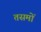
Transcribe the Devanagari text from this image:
तसमों